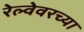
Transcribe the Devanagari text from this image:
रेल्वेवरच्या